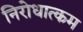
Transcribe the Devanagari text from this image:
निरोधात्कम